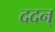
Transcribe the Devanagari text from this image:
ददन्